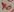
Text: x0